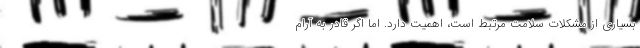
بسیاری از مشکلات سلامت مرتبط است، اهمیت دارد. اما اگر قادر به آرام